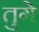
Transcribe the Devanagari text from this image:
तुगे